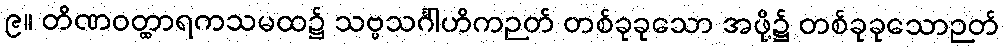
၉။ တိဏဝတ္ထာရကသမထ၌ သဗ္ဗသင်္ဂါဟိကဉတ် တစ်ခုခုသော အဖို့၌ တစ်ခုခုသောဉတ်